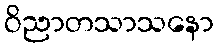
ဝိညာတသာသနော